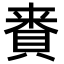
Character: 𮚅